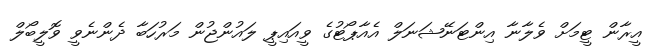
އީރާން ޓީމަށް ވެލާނާ އިންޓަނޭޝަނަލް އެއާޕޯޓުގެ ވީއައިޕީ ލައުންޖުން މަރުހަބާ ދެންނެވީ ވޮލީބޯލް